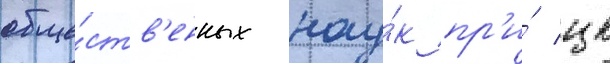
обще́ств'енных нау́к пр'и́ цк